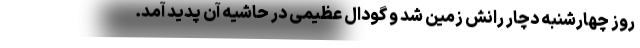
روز چهارشنبه دچار رانش زمین شد و گودال عظیمی در حاشیهٔ آن پدید آمد.